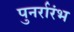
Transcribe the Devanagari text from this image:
पुनर्रारंभ